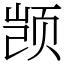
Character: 𫖮